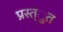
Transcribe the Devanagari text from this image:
प्रस्त्ुत